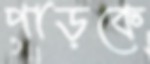
পাড়কে